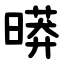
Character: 㬒